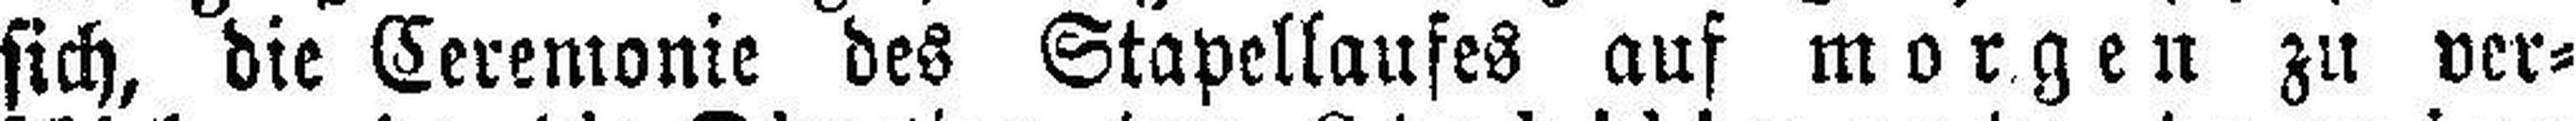
sich, die Ceremonie des Stapellaufes auf morgen zu ver¬